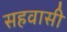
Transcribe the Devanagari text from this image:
सहवासी